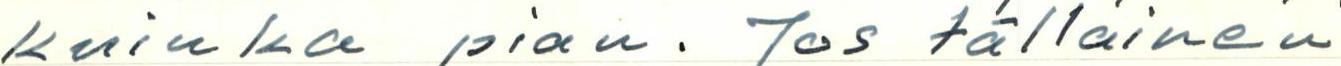
kuinka pian. Jos tällainen